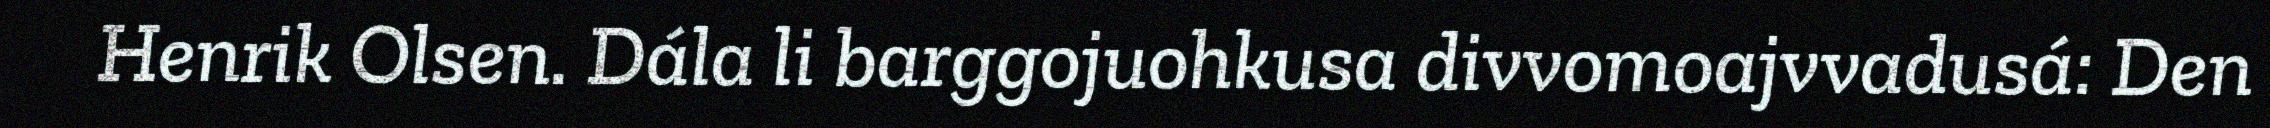
Henrik Olsen. Dála li barggojuohkusa divvomoajvvadusá: Den